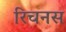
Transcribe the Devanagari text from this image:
रिचनस